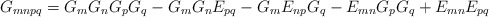
\begin{align*}G_{mnpq} = G_{m}G_{n}G_{p}G_{q} - G_{m}G_{n}E_{pq}-G_{m}E_{np}G_{q} - E_{mn}G_{p}G_{q} + E_{mn}E_{pq}\end{align*}